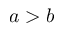
a > b